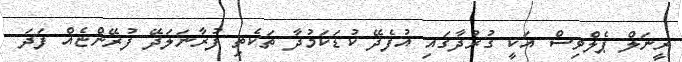
ރީނަލް ޕެލްވިސް އަކީ ގުރުދާގައި އުފެދޭ ކުޑަކަމުދާ ތަކެތި ފުރާނަލަދޭ ފުރޭންޏެއް ފަދަ